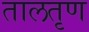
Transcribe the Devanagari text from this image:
तालतृण